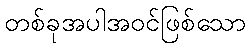
တစ်ခုအပါအဝင်ဖြစ်သော